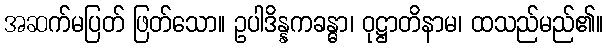
အဆက်မပြတ် ဖြတ်သော။ ဥပါဒိန္နကခန္ဓာ၊ ဝုဋ္ဌာတိနာမ၊ ထသည်မည်၏။